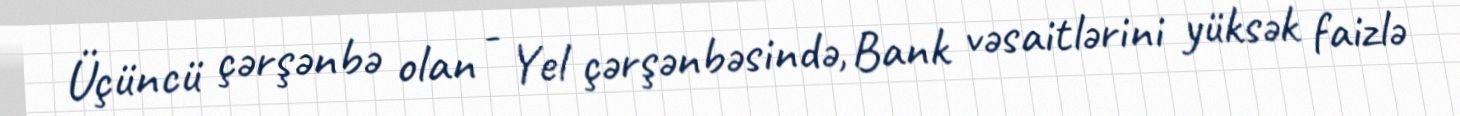
Üçüncü çərşənbə olan - Yel çərşənbəsində, Bank vəsaitlərini yüksək faizlə